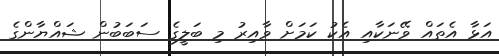
އަޅާ އެތައް ވޭނަކާއި އެކު ކަމަށް ވާއިރު މި ބަލީގެ ސަބަބުން ޝައްޔާންގެ